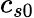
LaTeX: c_{s0}